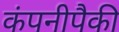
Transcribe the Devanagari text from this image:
कंपनीपैकी